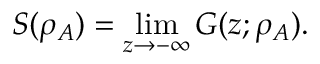
S ( \rho _ { A } ) = \operatorname* { l i m } _ { z \to - \infty } G ( z ; \rho _ { A } ) .